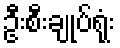
ဦးစီးချုပ်ရုံး